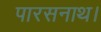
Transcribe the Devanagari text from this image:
पारसनाथ।